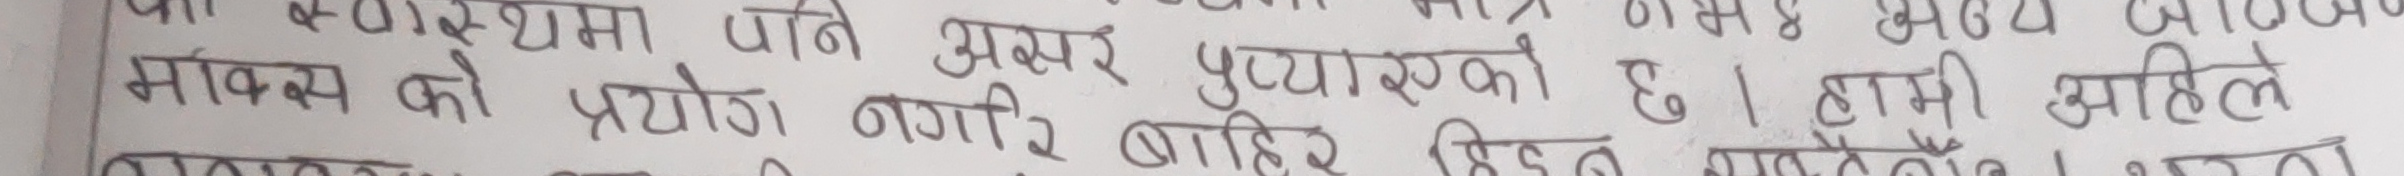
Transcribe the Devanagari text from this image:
को स्वास्थ्यमा पनि प्रचुर पुऱ्याएको छ । हामी अहिले
माक्सको प्रयोग नगरी बाहिर हिँड्न मात्रै होइन,